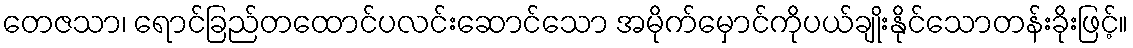
တေဇသာ၊ ရောင်ခြည်တထောင်ပလင်းဆောင်သော အမိုက်မှောင်ကိုပယ်ချိုးနိုင်သောတန်းခိုးဖြင့်။